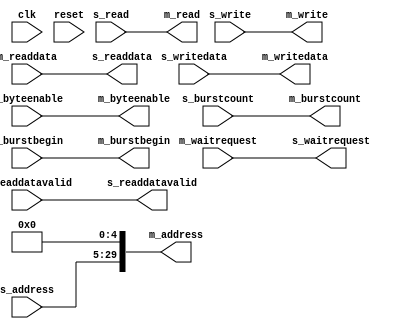
module export_master #
(
	parameter DWIDTH = 256,
	parameter AWIDTH_S = 25,
	parameter AWIDTH_M = 30,
	parameter BYTEWIDTH = 32,
	parameter BURSTWIDTH = 5
)
(
	input clk,
	input reset,
	
	input [AWIDTH_S-1:0] s_address,
	input [BYTEWIDTH-1:0] s_byteenable,
	input [BURSTWIDTH-1:0] s_burstcount,
	input s_write,
	input [DWIDTH-1:0] s_writedata,
	input s_read,
	output [DWIDTH-1:0] s_readdata,
	output s_readdatavalid,
	output s_waitrequest,
	input s_burstbegin,
	
	output [AWIDTH_M-1:0] m_address,
	output [BYTEWIDTH-1:0] m_byteenable,
	output [BURSTWIDTH-1:0] m_burstcount,
	output m_write,
	output [DWIDTH-1:0] m_writedata,
	output m_read,
	input [DWIDTH-1:0] m_readdata,
	input m_readdatavalid,
	input m_waitrequest,
	output m_burstbegin
);

assign m_address = {s_address, {(AWIDTH_M-AWIDTH_S){1'b0}}};
assign m_byteenable = s_byteenable;
assign m_burstcount = s_burstcount;
assign m_write = s_write;
assign m_writedata = s_writedata;
assign m_read = s_read;
assign s_readdata = m_readdata;
assign s_readdatavalid = m_readdatavalid;
assign s_waitrequest = m_waitrequest;
assign m_burstbegin = s_burstbegin;

endmodule